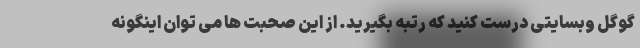
گوگل وبسایتی درست کنید که رتبه بگیرید. از این صحبت ها می توان اینگونه